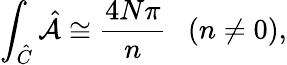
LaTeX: \int_{\hat{C}}\hat{\cal A}\cong\frac{4N\pi}{n}~~~(n\neq 0),